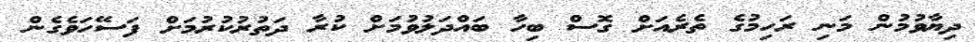
ދިޔާވުމުން މަނި ރަހިމުގެ ތެރެއަށް ގޮސް ބިހާ ބައްދަލުވުމަށް ކުރާ ދަތުރުކުރުމަށް ފަސޭހަވެގެން